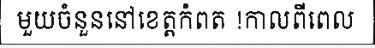
មួយចំនួននៅខេត្តកំពត !កាលពីពេល